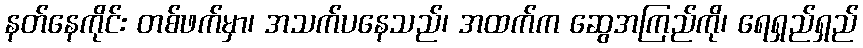
နတ်နေကိုင်း တစ်ဖက်မှာ၊ အသက်ပနေသည်၊ အထက်က ဆွေအကြည်ကို၊ ရေရှည်ရှည်